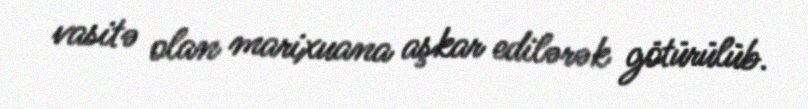
vasitə olan marixuana aşkar edilərək götürülüb.